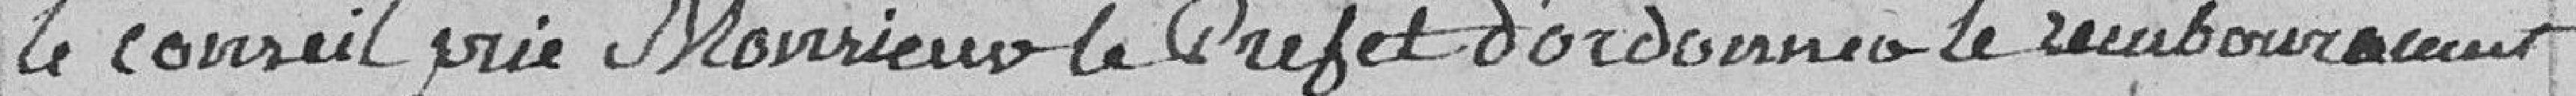
le Conseil prie Monsieur le Préfet d'ordonner le remboursement